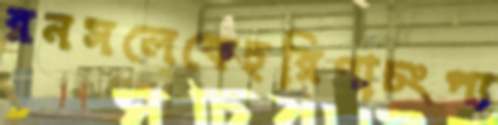
রনসলেকেহরিণাচংপ্য